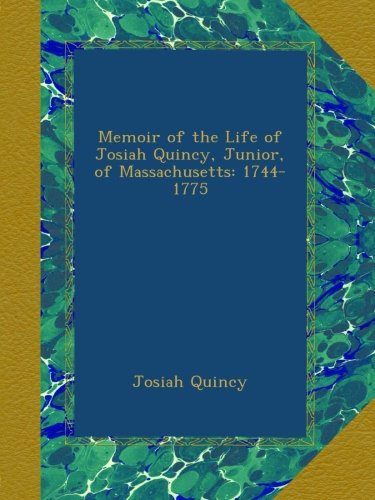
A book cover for Memoir of the Life of Josiah Quincy, Junior, of Massachusetts: 1744-1775; Josiah Quincy; Biographies & Memoirs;